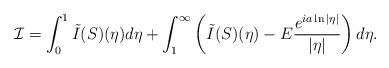
LaTeX: \begin{align*} \mathcal{I} = \int_0^1 \tilde I(S)(\eta)d\eta + \int_1^\infty \left(\tilde I(S)(\eta) - E \frac{e^{ia \ln |\eta|}}{|\eta|}\right)d\eta.\end{align*}